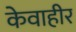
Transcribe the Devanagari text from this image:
केवाहीर